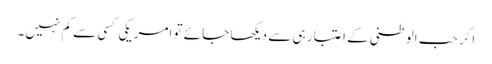
اگر حب الوطنی کے اعتبار ہی سے دیکھا جائے تو امریکی کسی سے کم نہیں۔